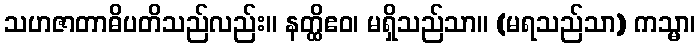
သဟဇာတာဓိပတိသည်လည်း။ နတ္ထိဧဝ၊ မရှိသည်သာ။ (မရသည်သာ) ကသ္မာ၊